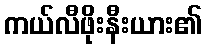
ကယ်လီဖိုးနီးယား၏